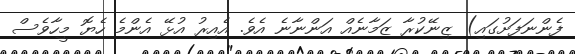
ފެންނަފަށުގައި) ޒިނޭކުރާ ޒަމާނެއް އަންނާނެ އެވެ. އެއިރު އުޅޭ އެންމެ ހެޔޮ މީހާވެސް